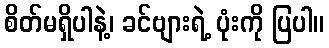
စိတ်မရှိပါနဲ့၊ ခင်ဗျားရဲ့ ပုံးကို ပြပါ။